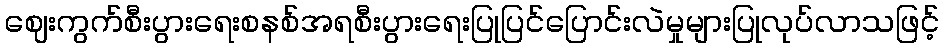
ဈေးကွက်စီးပွားရေးစနစ်အရစီးပွားရေးပြုပြင်ပြောင်းလဲမှုများပြုလုပ်လာသဖြင့်